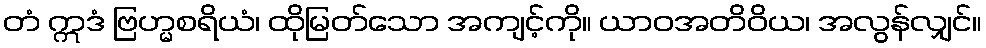
တံ ဣဒံ ဗြဟ္မစရိယံ၊ ထိုမြတ်သော အကျင့်ကို။ ယာဝအတိဝိယ၊ အလွန်လျှင်။